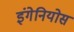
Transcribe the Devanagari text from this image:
इंगेनियोस